38_143685_box7_Incident_Summaries_1-100
Agency: Department of War
Page 2
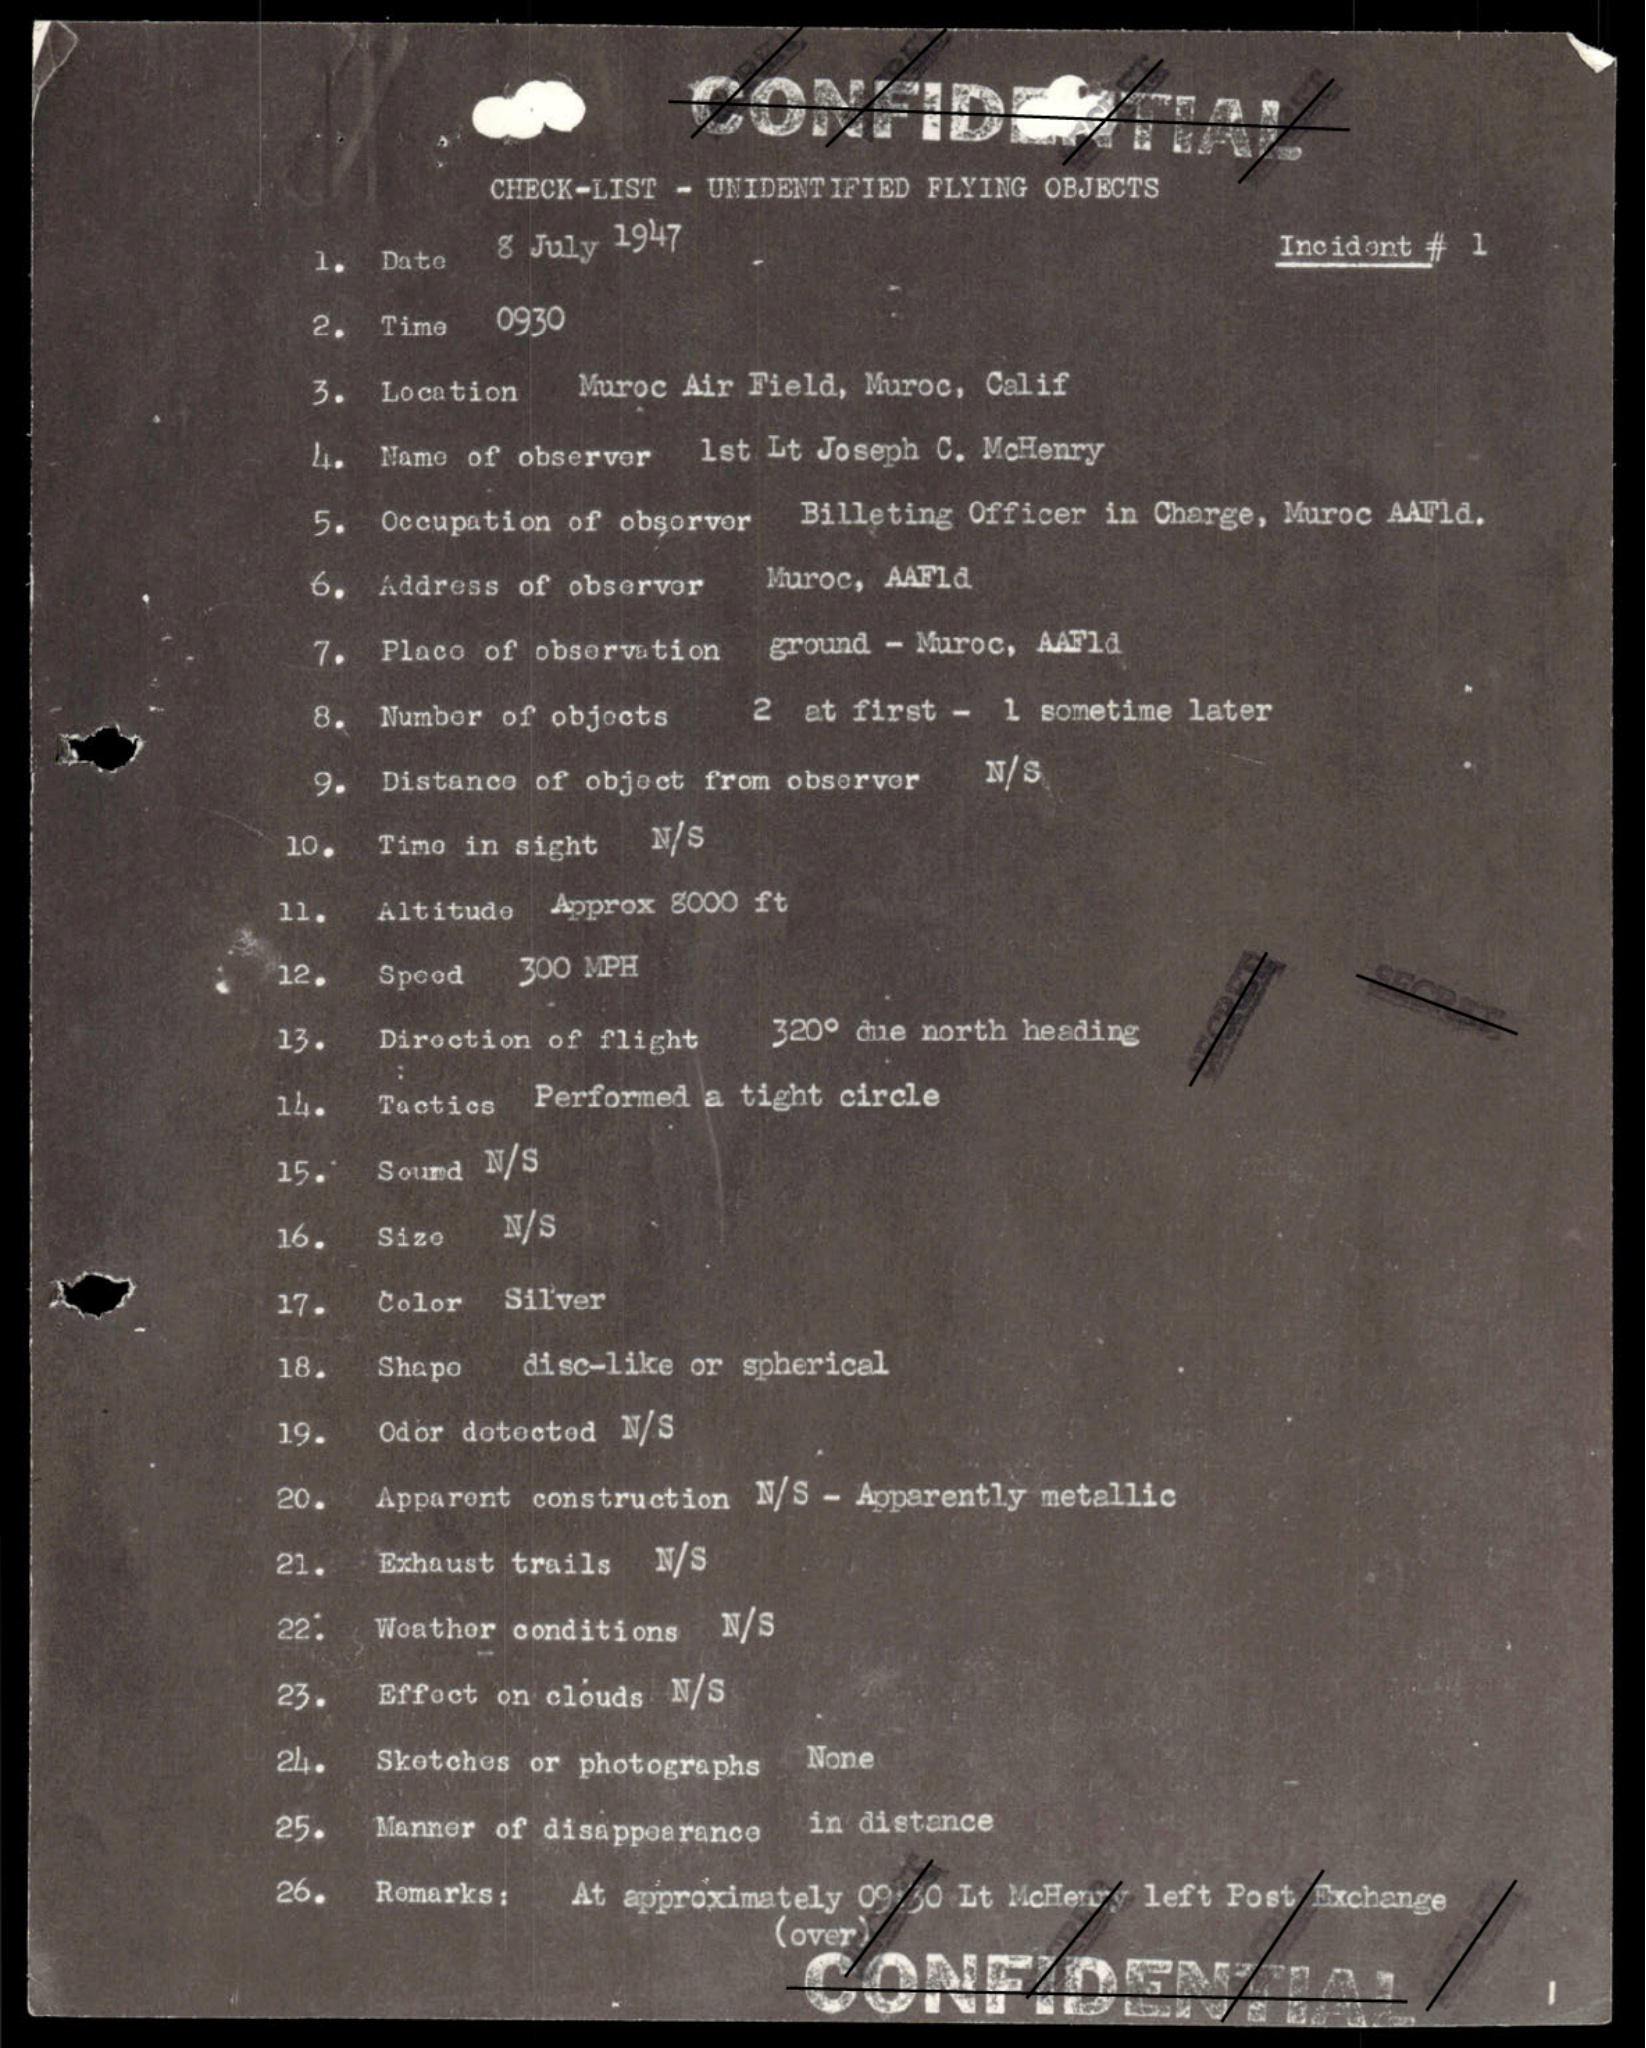